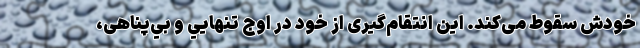
خودش سقوط می‌كند. اين انتقام‌گیری از خود در اوج تنهايي و بي‌پناهی،